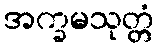
အက္ခမသုတ္တံ